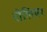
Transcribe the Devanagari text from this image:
रोलियर